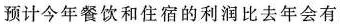
预计今年餐饮和住宿的利润比去年会有